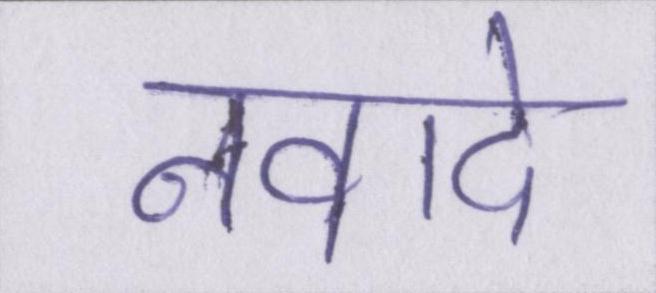
नवादे